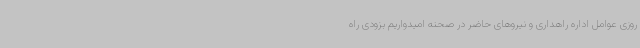
روزی عوامل اداره راهداری و نیروهای حاضر در صحنه امیدواریم بزودی راه